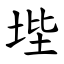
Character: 㙄